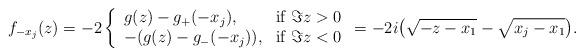
LaTeX: \begin{align*}f_{-x_{j}}(z) = -2 \left\{ \begin{array}{l l}g(z)-g_{+}(-x_{j}), & \mbox{if } \Im z > 0 \\-(g(z)-g_{-}(-x_{j})), & \mbox{if } \Im z < 0\end{array} \right. = -2i\big(\sqrt{-z-x_{1}}-\sqrt{x_{j}-x_{1}}\big).\end{align*}